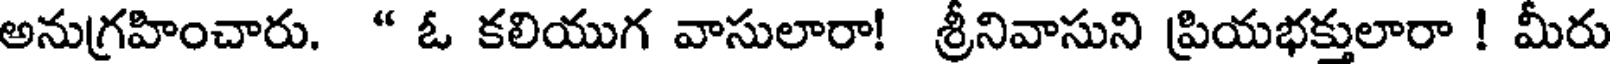
అనుగ్రహించారు. * ఓ కలియుగ వాసులారా! శ్రీనివాసుని ప్రియభక్తులారా ! మీరు